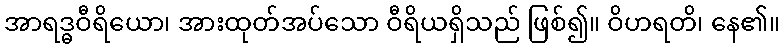
အာရဒ္ဓဝီရိယော၊ အားထုတ်အပ်သော ဝီရိယရှိသည် ဖြစ်၍။ ဝိဟရတိ၊ နေ၏။